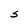
Character: S